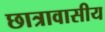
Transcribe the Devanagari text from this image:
छात्रावासीय